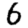
Digit: 6